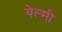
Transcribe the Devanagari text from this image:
वेल्मी